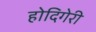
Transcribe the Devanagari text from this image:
होदिगेरी